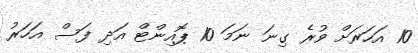
10 އަހަރަށް ވުރެ ގިނަ ނަމަ 10 ޕޮއިންޓް އަދި ފަސް އަހަރު